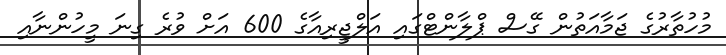
މުހުތާރުގެ ޖަމާއަތުން ގޭސް ޕްލާންޓްގައި އަލްޖީރިއާގެ 600 އަށް ވުރެ ގިނަ މީހުންނާއި